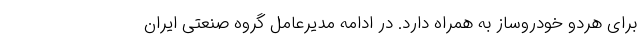
برای هردو خودروساز به همراه دارد. در ادامه مدیرعامل گروه صنعتی ایران